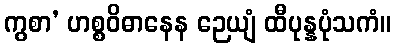
ကွစာ’ ဟစ္စဝိဓာနေန ဉေယျံ ထီပုန္နပုံသကံ။